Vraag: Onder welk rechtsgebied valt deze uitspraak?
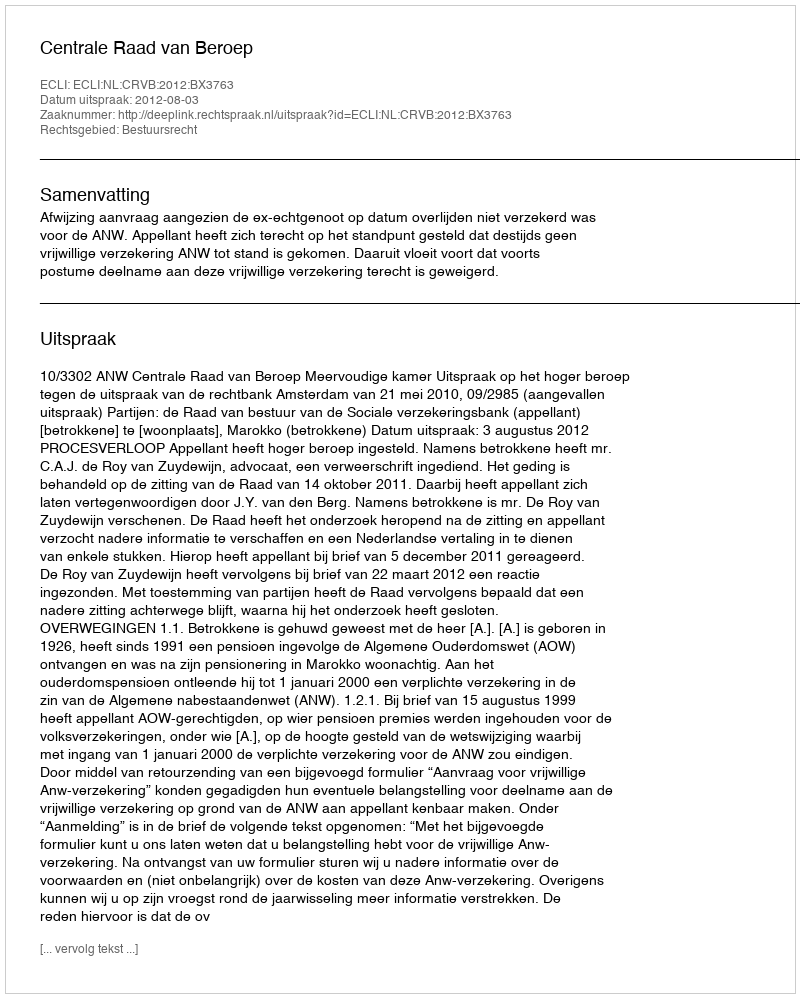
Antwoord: Bestuursrecht